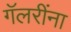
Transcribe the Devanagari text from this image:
गॅलरींना